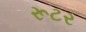
રૂટર